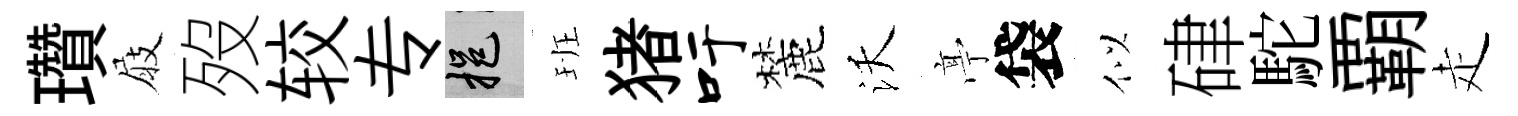
瓚屐歿较专挹班猪吁麓沃𠅘袋似硉駝覇走